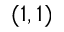
( 1 , 1 )